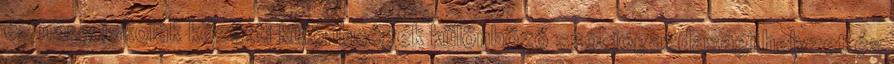
és nagy iskolák közötti különbségek különböző szociogazdasági helyzet és